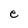
Character: e